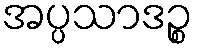
အပ္ပသာဒဉ္စ